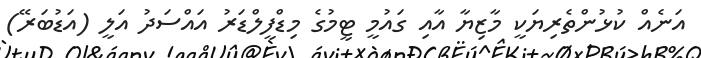
އަނެއް ކުޅުންތެރިޔަކީ މާޒިޔާ އާއި ގައުމީ ޓީމުގެ މިޑްފީލްޑަރު އައްސަދު އަލީ (އަޑުބަރޭ)